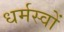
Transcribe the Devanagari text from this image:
धर्मस्वों